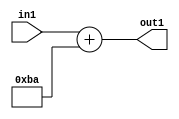
`timescale 1ps / 1ps
/*****************************************************************************
    Verilog RTL Description
    
    
    Created by: Stratus DpOpt 2019.1.01 
*******************************************************************************/

module DC_Filter_Add_12U_8_1 (
	in1,
	out1
	); /* architecture "behavioural" */ 
input [11:0] in1;
output [11:0] out1;
wire [11:0] asc001;

assign asc001 = 
	+(in1)
	+(12'B000010111010);

assign out1 = asc001;
endmodule

/* CADENCE  ubDxTg4= : u9/ySgnWtBlWxVPRXgAZ4Og= ** DO NOT EDIT THIS LINE ******/